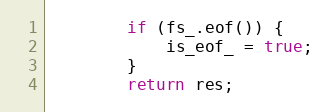
Language: C
        if (fs_.eof()) {
            is_eof_ = true;
        }
        return res;